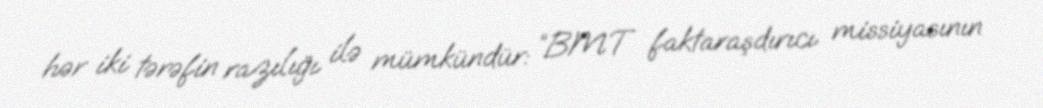
hər iki tərəfin razılığı ilə mümkündür: “BMT faktaraşdırıcı missiyasının